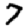
Digit: 7